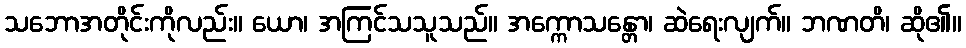
သဘောအတိုင်းကိုလည်း။ ယော၊ အကြင်သသူသည်။ အက္ကောသန္တော၊ ဆဲရေးလျက်။ ဘဏတိ၊ ဆို၏။